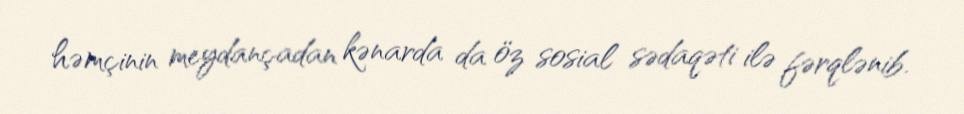
həmçinin meydançadan kənarda da öz sosial sədaqəti ilə fərqlənib.